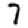
Digit: 7